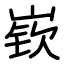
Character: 嵚